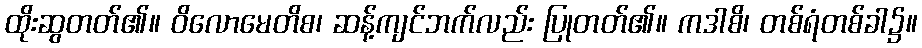
ထိုးဆွတတ်၏။ ဝိလောမေတိစ၊ ဆန့်ကျင်ဘက်လည်း ပြုတတ်၏။ ကဒါစိ၊ တစ်ရံတစ်ခါ၌။